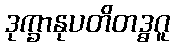
ဒုက္ခာနုပတိတဒ္ဓဂူ